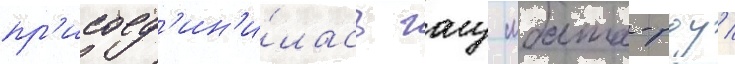
пр'исоед'ин'и́лась гугу мбата-роу /